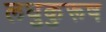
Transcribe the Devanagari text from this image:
लघुकुरूष